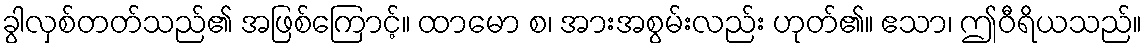
ခွါလှစ်တတ်သည်၏ အဖြစ်ကြောင့်။ ထာမော စ၊ အားအစွမ်းလည်း ဟုတ်၏။ ဧသာ၊ ဤဝီရိယသည်။